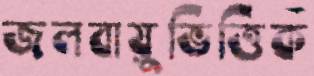
জলবায়ুভিত্তিক